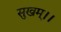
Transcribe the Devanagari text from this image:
सुखम्।।